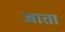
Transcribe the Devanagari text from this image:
जाता